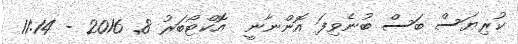
ކުރިޔަސް ބަސް ބުނެވިފަ އޮންނާނީ  އޮކްޓޯބަރު 8